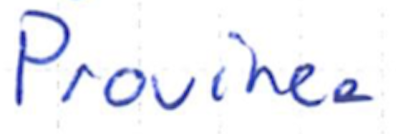
Text: Province
Cross-out: clean
Writing tool: ballpoint